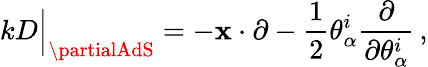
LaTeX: kD\Big\vert_{\partialAdS}=-\mathbf{x}\cdot\partial-\frac{{1}}{{2}}\theta_{\alpha}^{i}\frac{{\partial}}{{\partial\theta_{\alpha}^{i}}}\, ,